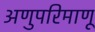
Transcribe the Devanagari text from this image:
अणुपरिमाणू